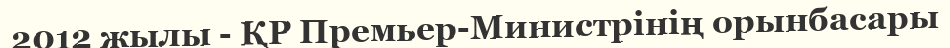
2012 жылы - ҚР Премьер-Министрінің орынбасары